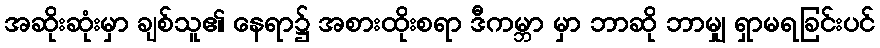
အဆိုးဆုံးမှာ ချစ်သူ၏ နေရာ၌ အစားထိုးစရာ ဒီကမ္ဘာ မှာ ဘာဆို ဘာမျှ ရှာမရခြင်းပင်